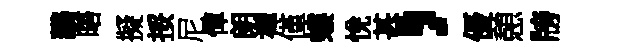
鸝晤擬挼尼憚朗禪僅螻恱甚，優憩牓